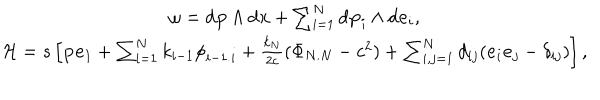
\begin{array} { c } { { \omega = \mathrm { d } { \bf p } \wedge \mathrm { d } { \bf x } + \sum _ { i = 1 } ^ { N } \mathrm { d } { \bf p } _ { i } \wedge \mathrm { d } { \bf e } _ { i } , } } \\ { { { \cal H } = { s } \left[ { \bf p } { \bf e } _ { 1 } + \sum _ { i = 1 } ^ { N } { k } _ { i - 1 } { \phi } _ { i - 1 . i } + \frac { { k } _ { N } } { 2 c } ( { \Phi } _ { N . N } - c ^ { 2 } ) + \sum _ { i , j = 1 } ^ { N } d _ { i j } ( { \bf e } _ { i } { \bf e } _ { j } - \delta _ { i j } ) \right] , } } \\ \end{array}